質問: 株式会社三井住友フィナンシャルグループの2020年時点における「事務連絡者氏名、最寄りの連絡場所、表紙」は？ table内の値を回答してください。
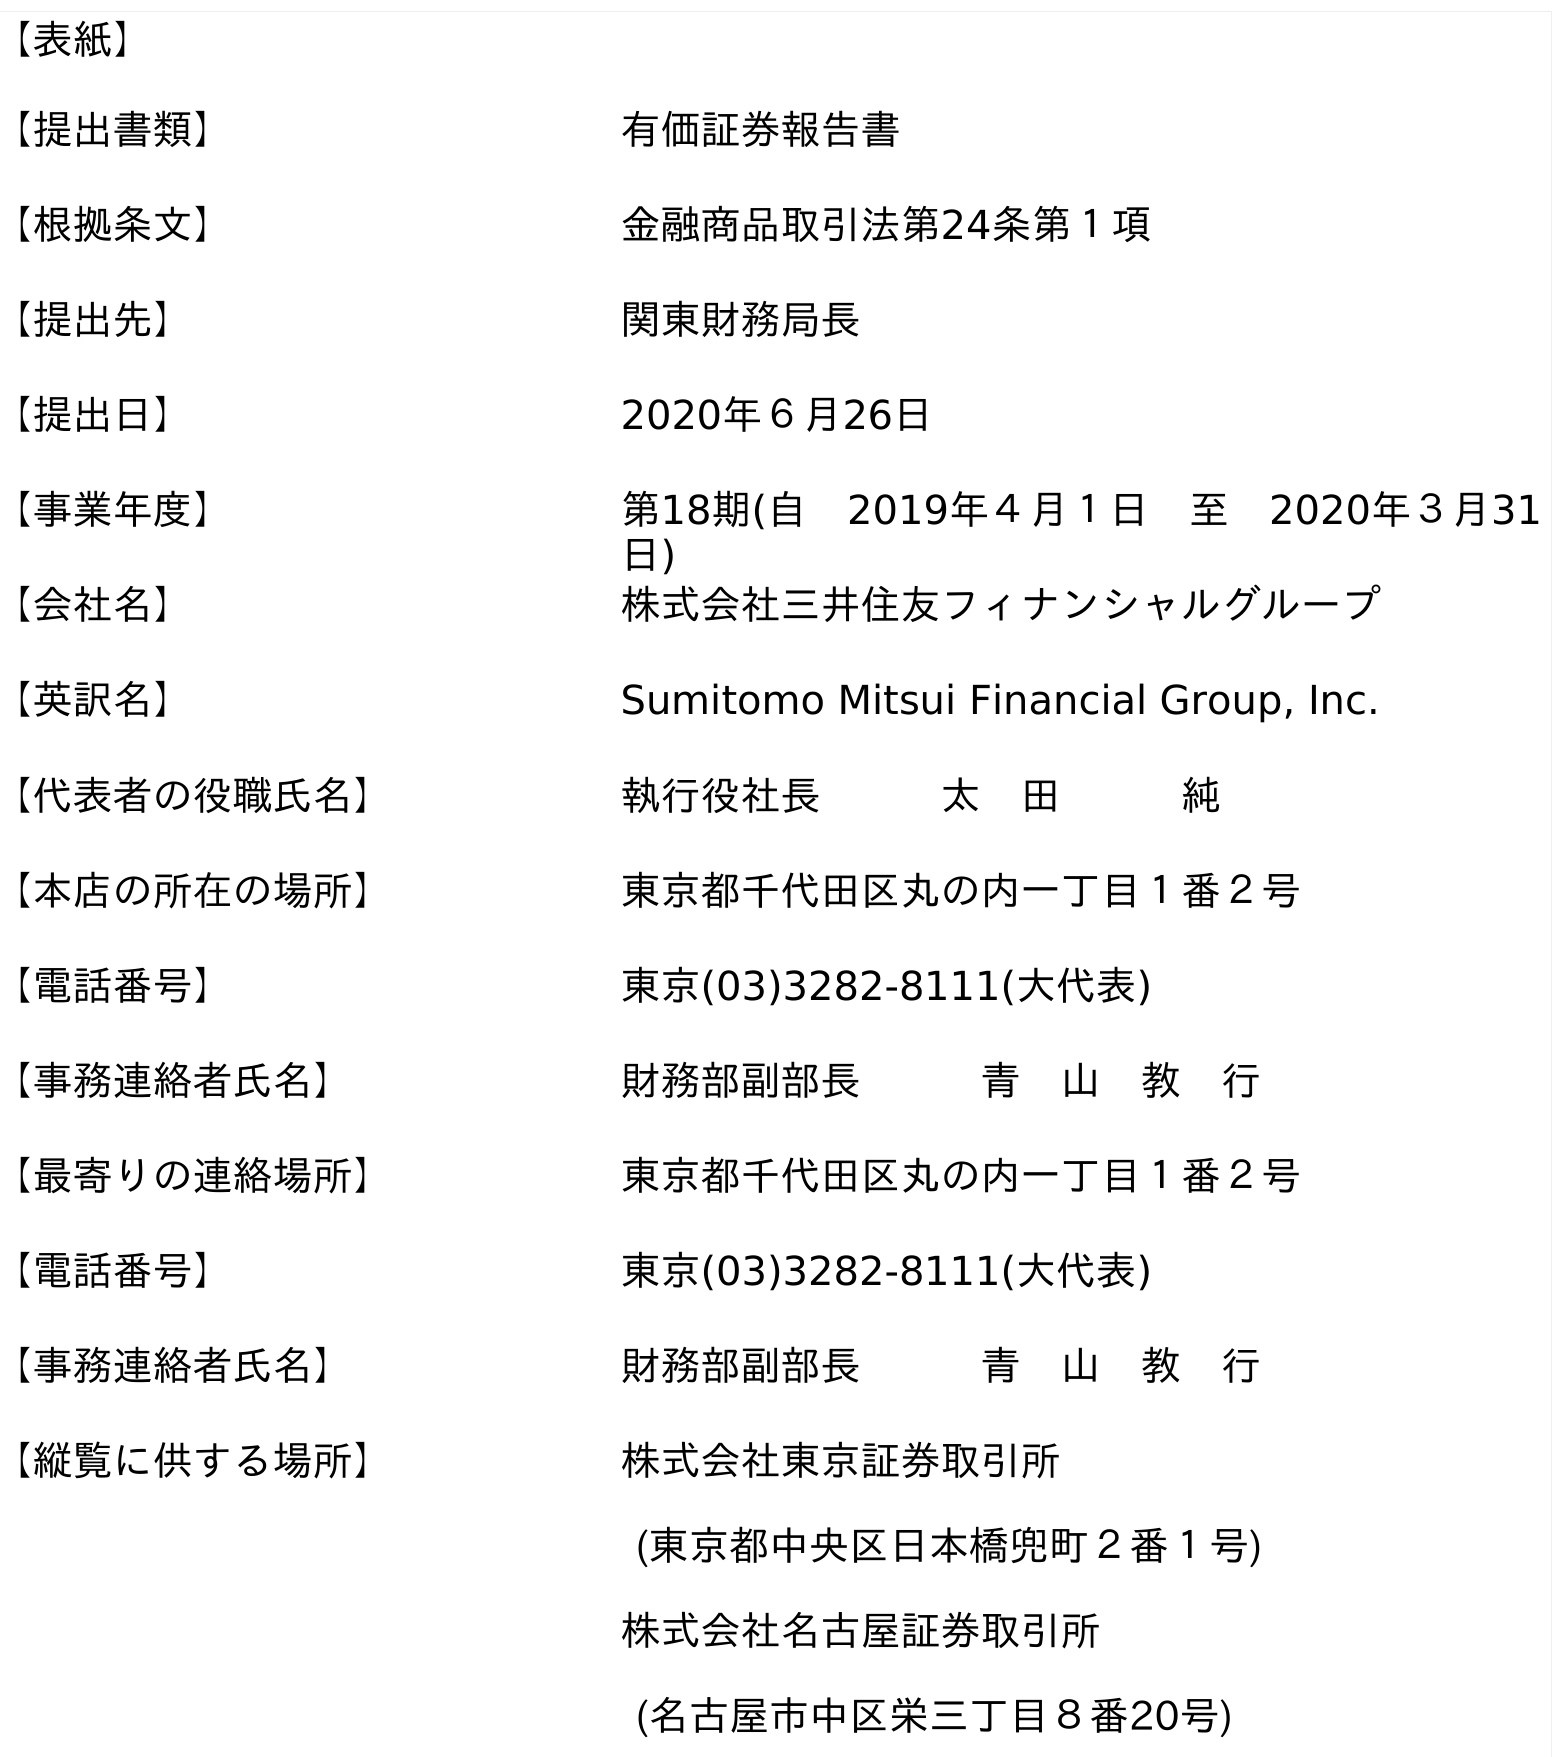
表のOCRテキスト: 【表紙】 【提出書類】 有価証券報告書 【根拠条文】 金融商品取引法第24条第１項 【提出先】 関東財務局長 【提出日】 2020年６月26日 【事業年度】 第18期(自 2019年４月１日 至 2020年３月31 日) 【会社名】 株式会社三井住友フィナンシャルグループ 【英訳名】 Sumitomo Mitsui Financial Group, Inc. 【代表者の役職氏名】 執行役社長   太 田   純 【本店の所在の場所】 東京都千代田区丸の内一丁目１番２号 【電話番号】 東京(03)3282-8111(大代表) 【事務連絡者氏名】 財務部副部長   青 山 教 行 【最寄りの連絡場所】 東京都千代田区丸の内一丁目１番２号 【電話番号】 東京(03)3282-8111(大代表) 【事務連絡者氏名】 財務部副部長   青 山 教 行 【縦覧に供する場所】 株式会社東京証券取引所 (東京都中央区日本橋兜町２番１号) 株式会社名古屋証券取引所 (名古屋市中区栄三丁目８番20号)
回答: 財務部副部長青　山　教　行